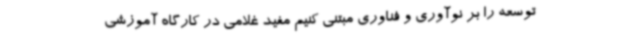
توسعه را بر نوآوری و فناوری مبتنی کنیم مفید غلامی در کارگاه آموزشی